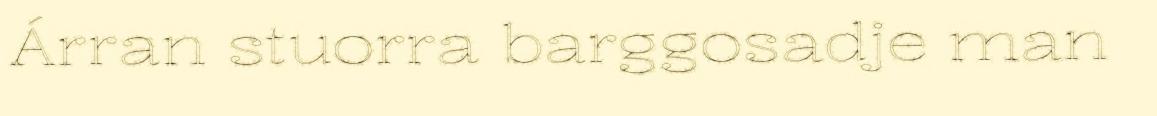
Árran stuorra barggosadje man